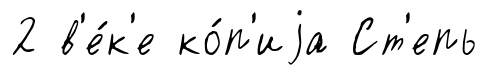
2 в'е́к'е ко́п'иjа Ст'епь